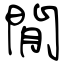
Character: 閒